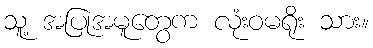
သူ့ အပြုအမူတွေက လုံးဝမရိုး သား။